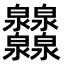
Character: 𤆁